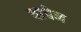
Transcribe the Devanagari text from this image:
वाचेन